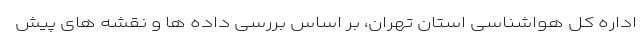
اداره کل هواشناسی استان تهران، بر اساس بررسی داده ها و نقشه های پیش